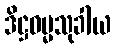
ဒိဋ္ဌဓမ္မသုခါယ